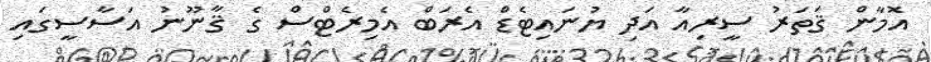
އޮމާން ޤަތަރު ސީރިއާ އަދި ޔުނައިޓެޑް އެރަބް އެމިރެޓްސް ގެ ޤާނޫނު އަސާސީގައި